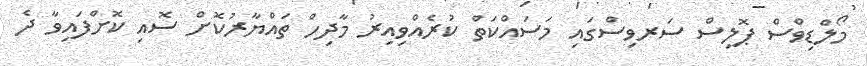
މޯލްޑިވްސް ޕޮލިސް ސަރވިސްގައި މަސައްކަތް ކުރެއްވިއިރު މާދިހް ތައްޔާރުކޮށް ސޮއި ކޮށްފައިވާ ދެ